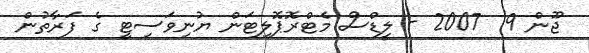
ޖޫން 9  2007 - ލީޑްސް މެޓްރޮޕޮލިޓަން ޔުނިވަސިޓީ ގެ ފަރާތުން